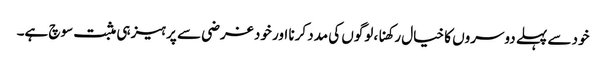
خود سے پہلے دوسروں کا خیال رکھنا، لوگوں کی مدد کرنا اور خود غرضی سے پرہیز ہی مثبت سوچ ہے۔